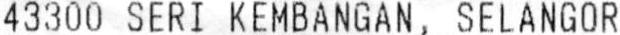
43300 SERI KEMBANGAN , SELANGOR